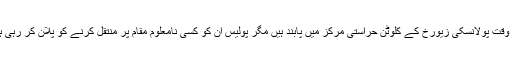
اِس وقت پولانسکی زیورخ کے کلوٹن حراستی مرکز میں پابند ہیں مگر پولیس اُن کو کسی نامعلُوم مقام پر منتقل کرنے کو پلان کر رہی ہے۔